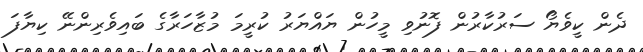
ދެން ކީވެޔޯ ސަރުކާރުން ފޮނުވި މީހުން ޔައްޔަރު ކުރީމަ މުޒާހަރާގެ ބައިވެރިންނޭ ކިޔާފަ